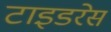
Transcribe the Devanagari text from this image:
टाइडरेस